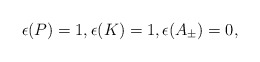
\begin{align*} \epsilon(P)=1,\epsilon(K)=1,\epsilon(A_{\pm})=0,\end{align*}